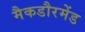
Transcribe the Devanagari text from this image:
मैकडौरमेंड